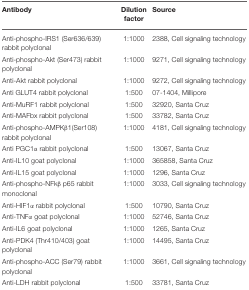
<table><thead><tr><td><b>Antibody</b></td><td><b>Dilution factor</b></td><td><b>Source</b></td></tr></thead><tbody><tr><td>Anti-phospho-IRS1 (Ser636/639) rabbit polyclonal</td><td>1:1000</td><td>2388, Cell signaling technology</td></tr><tr><td>Anti-phospho-Akt (Ser473) rabbit polyclonal</td><td>1:1000</td><td>9271, Cell signaling technology</td></tr><tr><td>Anti-Akt rabbit polyclonal</td><td>1:1000</td><td>9272, Cell signaling technology</td></tr><tr><td>Anti GLUT4 rabbit polyclonal</td><td>1:500</td><td>07-1404, Millipore</td></tr><tr><td>Anti-MuRF1 rabbit polyclonal</td><td>1:500</td><td>32920, Santa Cruz</td></tr><tr><td>Anti-MAFbx rabbit polyclonal</td><td>1:500</td><td>33782, Santa Cruz</td></tr><tr><td>Anti-phospho-AMPKβ1(Ser108) rabbit polyclonal</td><td>1:1000</td><td>4181, Cell signaling technology</td></tr><tr><td>Anti PGC1α rabbit polyclonal</td><td>1:500</td><td>13067, Santa Cruz</td></tr><tr><td>Anti-IL10 goat polyclonal</td><td>1:1000</td><td>365858, Santa Cruz</td></tr><tr><td>Anti-IL15 goat polyclonal</td><td>1:1000</td><td>1296, Santa Cruz</td></tr><tr><td>Anti-phospho-NFkβ p65 rabbit monoclonal</td><td>1:1000</td><td>3033, Cell signaling technology</td></tr><tr><td>Anti-HIF1α rabbit polyclonal</td><td>1:500</td><td>10790, Santa Cruz</td></tr><tr><td>Anti-TNFα goat polyclonal</td><td>1:1000</td><td>52746, Santa Cruz</td></tr><tr><td>Anti-IL6 goat polyclonal</td><td>1:1000</td><td>1265, Santa Cruz</td></tr><tr><td>Anti-PDK4 (Thr410/403) goat polyclonal</td><td>1:1000</td><td>14495, Santa Cruz</td></tr><tr><td>Anti-phospho-ACC (Ser79) rabbit polyclonal</td><td>1:1000</td><td>3661, Cell signaling technology</td></tr><tr><td>Anti-LDH rabbit polyclonal</td><td>1:500</td><td>33781, Santa Cruz</td></tr></tbody></table>